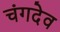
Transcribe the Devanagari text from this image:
चंगदेव